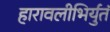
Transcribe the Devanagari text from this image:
हारावलीभिर्युतं